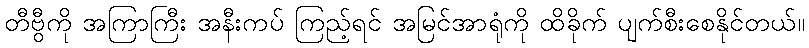
တီဗွီကို အကြာကြီး အနီးကပ် ကြည့်ရင် အမြင်အာရုံကို ထိခိုက် ပျက်စီးစေနိုင်တယ်။